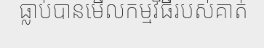
ធ្លាប់បានមើលកម្មវិធីរបស់គាត់